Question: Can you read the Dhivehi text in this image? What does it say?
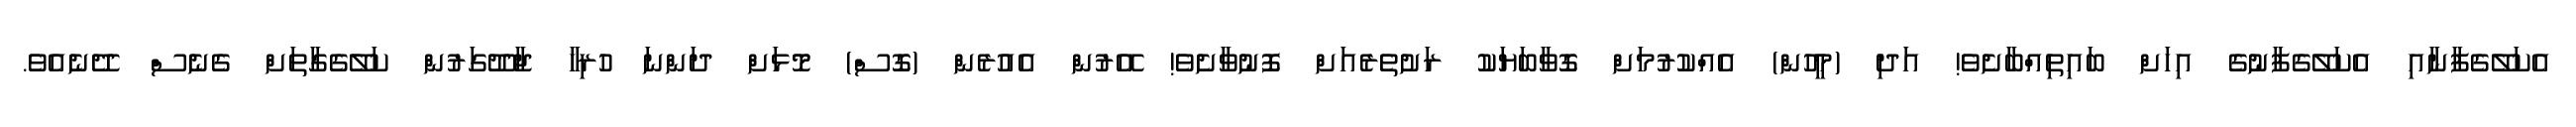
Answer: އެކަލޭގެފާނާއި އެކަލޭގެފާނުގެ އިހަށް ބައިތިއްބާށެވެ! އަދި (މީހުން) އެއްކުރުމަށް ގޮވާބަޔަކު ރަށުތެރެއަށް ފޮނުވާށެވެ! އޭރުން އެއުރެން (ގޮސް) މޮޅަށް ދަންނަ ހުރިހާ ޖާދޫގަރުން ކަލޭގެގާތަށް ގެނެސް ދޭނެއެވެ.